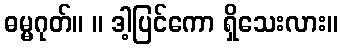
ဓမ္မဂုတ်။ ။ ဒါ့ပြင်ကော ရှိသေးလား။